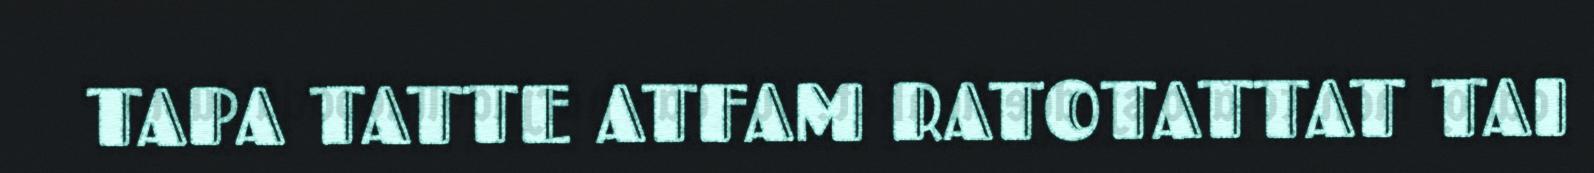
TAPA TATTE ATFAM RATOTATTAT TAI